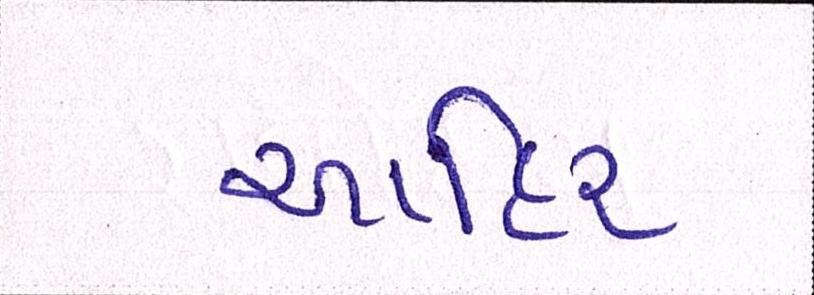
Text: આહિર